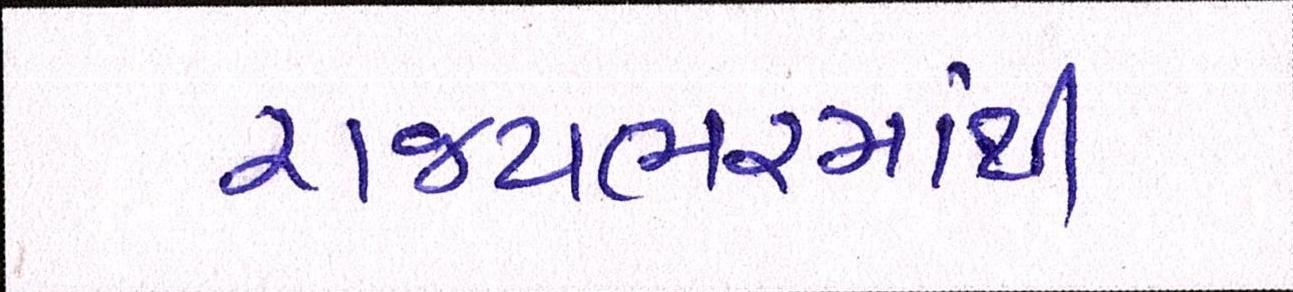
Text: રાજયભરમાંથી